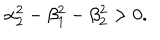
LaTeX: \alpha _ { 2 } ^ { 2 } - \beta _ { 1 } ^ { 2 } - \beta _ { 2 } ^ { 2 } > 0 .